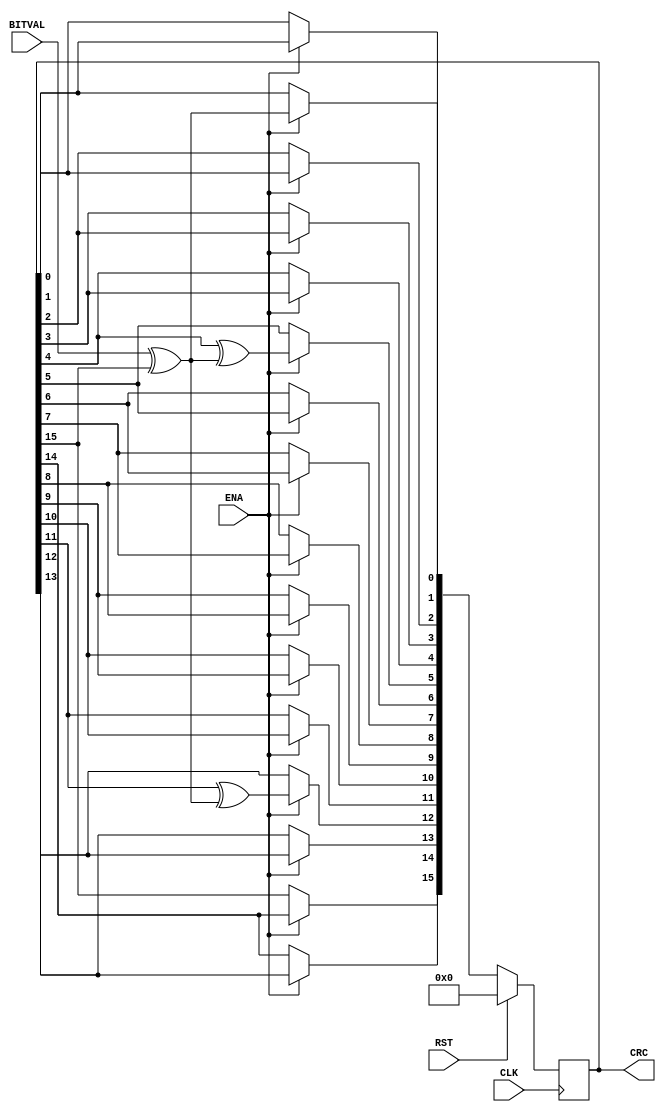
module serial_CRC16(
CLK, 
RST, 
ENA, 
BITVAL, 
CRC);
 

input CLK; // Current bit valid (Clock)
input RST;   
input ENA; // Init CRC value
input BITVAL; // Next input bit
output reg [15:0] CRC; // Current output CRC value

   
 // We need output registers
wire inv;
   
assign inv = BITVAL ^ CRC[15]; // XOR required?
   
always @(posedge CLK) 
begin
	if (RST) 
	begin
		CRC = {16{1'b0}};
	end
	else 
	begin
		if (ENA)
		begin
         CRC[15] = CRC[14];
         CRC[14] = CRC[13];
         CRC[13] = CRC[12];
         CRC[12] = CRC[11] ^ inv;
         CRC[11] = CRC[10];
         CRC[10] = CRC[9];
         CRC[9] = CRC[8];
         CRC[8] = CRC[7];
         CRC[7] = CRC[6];
         CRC[6] = CRC[5];
         CRC[5] = CRC[4] ^ inv;
         CRC[4] = CRC[3];
         CRC[3] = CRC[2];
         CRC[2] = CRC[1];
         CRC[1] = CRC[0];
         CRC[0] = inv;
		end
	end
end
endmodule